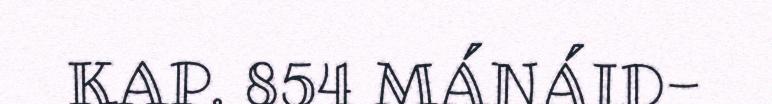
KAP. 854 MÁNÁID-